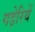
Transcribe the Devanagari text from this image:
गड़ेरियें